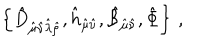
\left\{ \hat { D } _ { \hat { \mu } \hat { \nu } \hat { \lambda } \hat { \rho } } , \hat { h } _ { \hat { \mu } \hat { \nu } } , \hat { { \cal B } } _ { \hat { \mu } \hat { \nu } } , \hat { \Phi } \right\} \, ,